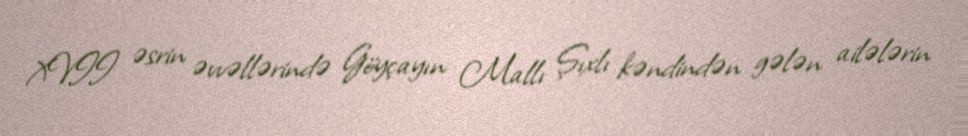
XVII əsrin əvvəllərində Göyçayın Mallı Şıxlı kəndindən gələn ailələrin